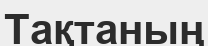
Тақтаның